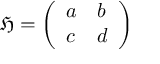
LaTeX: \, { \mathfrak { H } } = { \left( \begin{array} { l l } { a } & { b } \\ { c } & { d } \end{array} \right) }